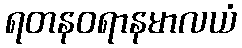
ရတနဝရာနမာလယံ